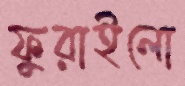
ফুরাইলো